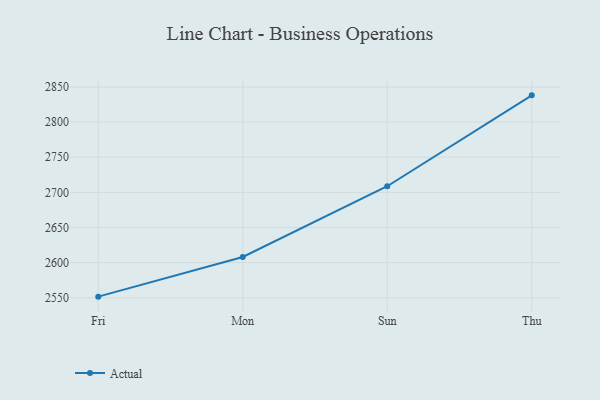
{"axis": {"x": "Day", "y": "Market Share (%)"}, "legend": ["Actual"], "data": [{"x": "Fri", "y": 2551.6, "type": "Actual"}, {"x": "Mon", "y": 2608.1, "type": "Actual"}, {"x": "Sun", "y": 2708.7, "type": "Actual"}, {"x": "Thu", "y": 2838.0, "type": "Actual"}]}